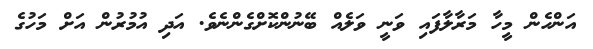
އަންހެން މީހާ މަރާލާފައި ވަނީ ވަލެއް ބޭނުންކޮށްގެންނެވެ. އަދި އުމުރުން އަށް މަހުގެ